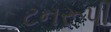
ટનરૂપી